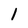
Character: 1